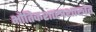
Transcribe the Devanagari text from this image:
भौतिकशास्त्रशाखेत